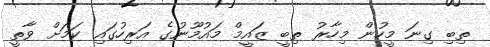
ތިބި ގިނަ މީހުން މިހާރު ތިބީ ޒައީމް މައުމޫނުގެ އަރިހުގައި ކަމަށް ވާތީ